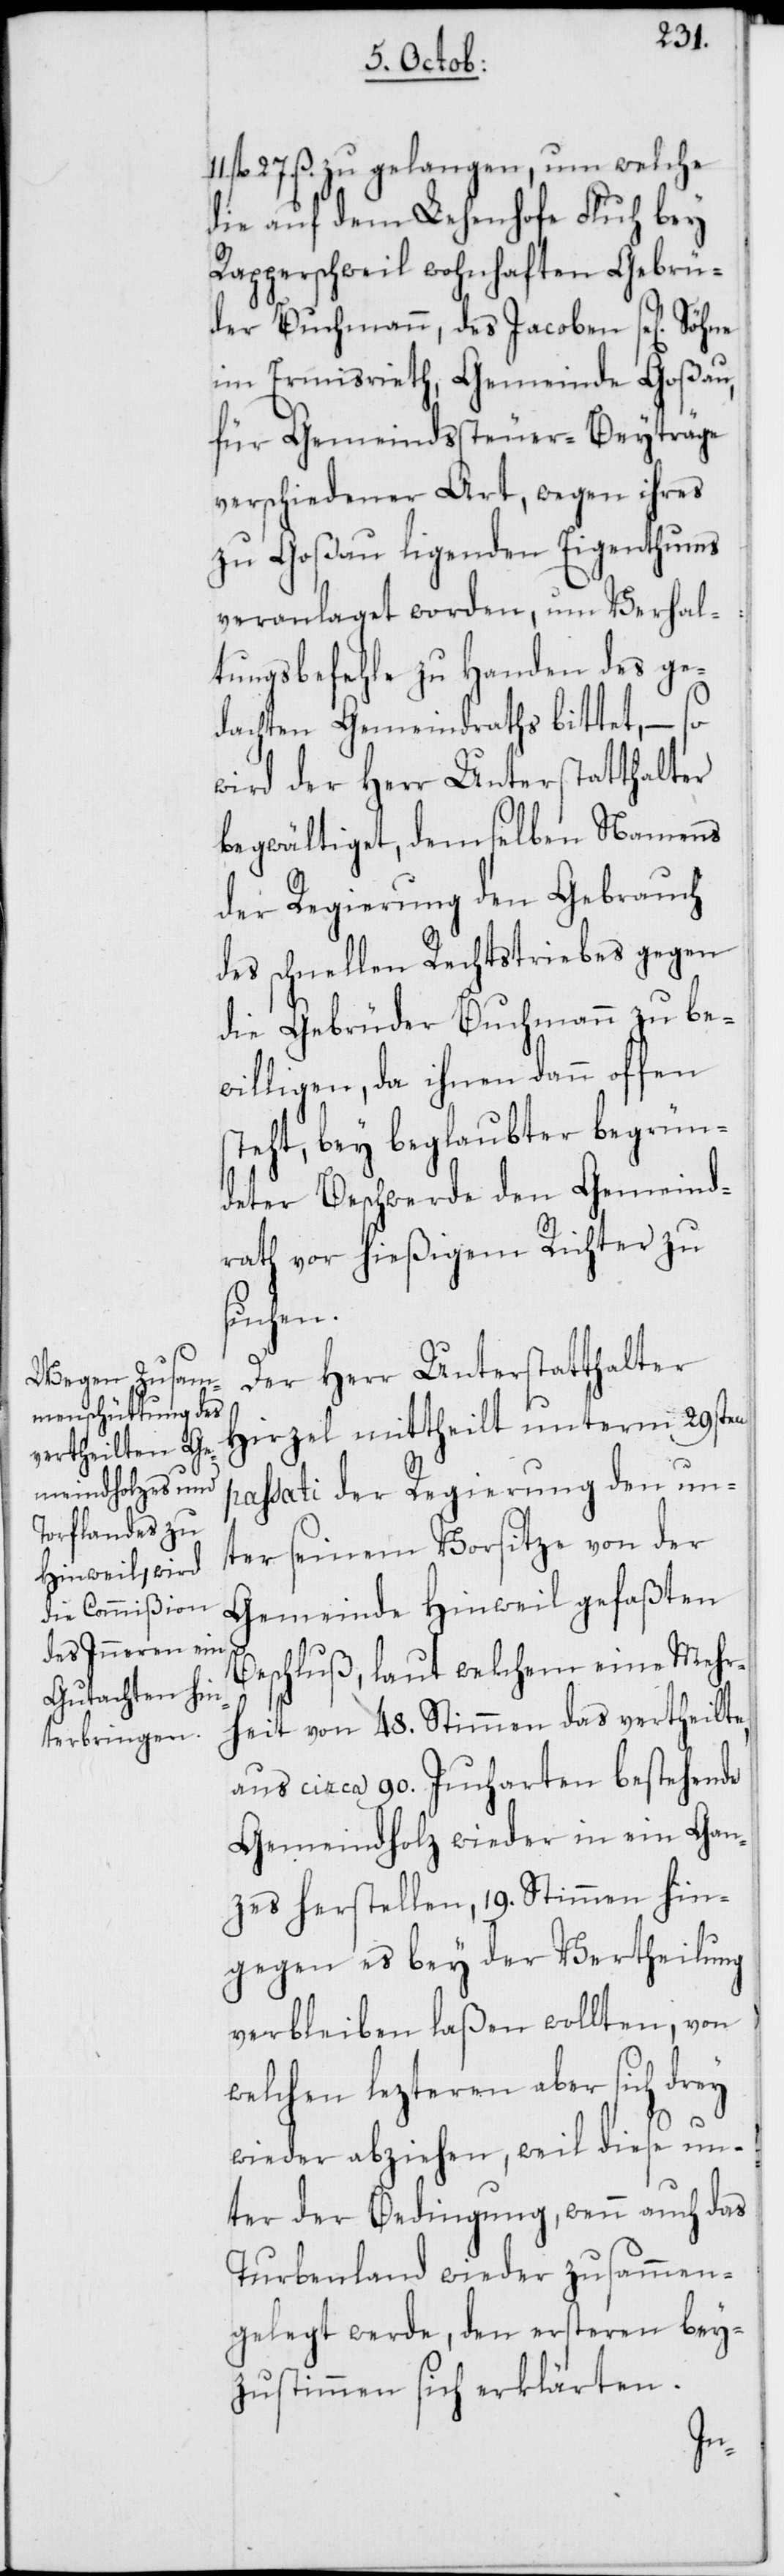
27. ß. zu gelangen, um welche
die auf dem Lehenhofe Fluh bey
Rapperschweil wohnhaften Gebrü¬
der Buchmann, des Jacoben se[lig]
im Ermisrieth, Gemeinde Goßau,
für Gemeindssteuer-Beyträge
verschiedener Art, wegen ihres
zu Goßau ligenden Eigenthums
veranlaget worden, um Verhal¬
tungsbefehle zu Handen des ge¬
dachten Gemeindraths bittet, – so
wird der Herr Unterstatthalter
begwältiget, demselben Namens
der Regierung den Gebrauch
des schnellen Rechtstriebes gegen
die Gebrüder Buchmann zu be¬
willigen, da ihnen dann offen
steht, bey beglaubter begrün¬
deter Beschwerde den Gemeind¬
rath vor hießigem Richter zu
suchen.
Der Herr Unterstatthalter
Hirzel mittheilt unterm 29sten
passati der Regierung den un¬
ter seinem Vorsitze von der
Gemeinde Hinweil gefaßten
Beschluß, laut welchem eine Mehr¬
heit von 48. Stimmen das vertheilte,
aus circa 90. Jucharten bestehende
Gemeindholz wieder in ein Gan¬
zes herstellen, 19. Stimmen hin¬
gegen es bey der Vertheilung
verbleiben laßen wollten, von
welchen lezteren aber sich drey
wieder abziehen, weil diese un¬
ter der Bedingung, wenn auch das
Turbenland wieder zusammen¬
gelegt werde, den ersteren bey¬
zustimmen sich erklärten.
fl.